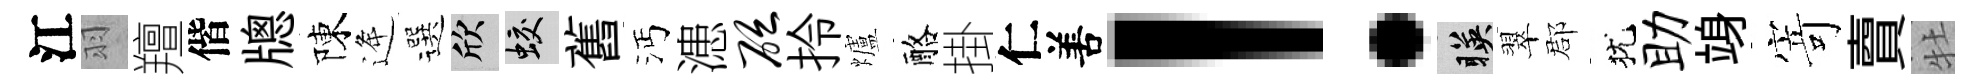
江羽羶偕牕陳逄選欣蛟舊沔漶砭拎爐酪掛仁𠵊！暎翠郡犹助竧𭔃𧶠牡